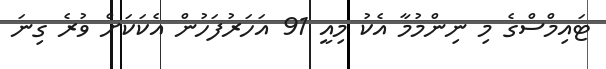
ޓައިމްސްގެ މި ނިންމުމާ އެކު މިއީ 91 އަހަރުފަހުން އެކަކަށް ވުރެ ގިނަ